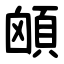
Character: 䪿